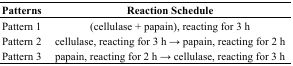
<table><thead><tr><td><b>Patterns</b></td><td><b>Reaction Schedule</b></td></tr></thead><tbody><tr><td>Pattern 1</td><td>(cellulase + papain), reacting for 3 h</td></tr><tr><td>Pattern 2</td><td>cellulase, reacting for 3 h → papain, reacting for 2 h</td></tr><tr><td>Pattern 3</td><td>papain, reacting for 2 h → cellulase, reacting for 3 h</td></tr></tbody></table>